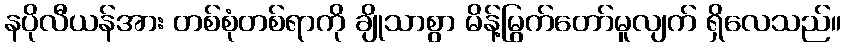
နပိုလီယန်အား တစ်စုံတစ်ရာကို ချိုသာစွာ မိန့်မြွက်တော်မူလျက် ရှိလေသည်။